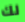
لك